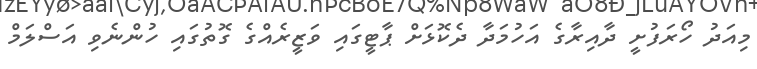
މިއަދު ހޯރަފުށީ ދާއިރާގެ އަހުމަދާ ދެކޮޅަށް ޕާޓީގައި ވަޒީރެއްގެ ގޮތުގައި ހުންނެވި އަސްލަމް